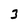
Character: 3